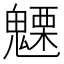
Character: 𮫦